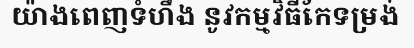
យ៉ាងពេញទំហឹង នូវកម្មវិធីកែទម្រង់